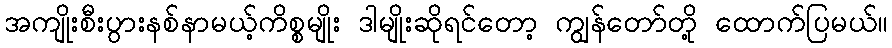
အကျိုးစီးပွားနစ်နာမယ့်ကိစ္စမျိုး ဒါမျိုးဆိုရင်တော့ ကျွန်တော်တို့ ထောက်ပြမယ်။